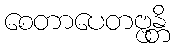
စေတာပေတဗ္ဗန္တိ